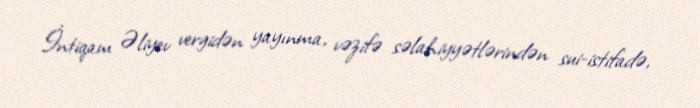
İntiqam Əliyev vergidən yayınma, vəzifə səlahiyyətlərindən sui-istifadə,